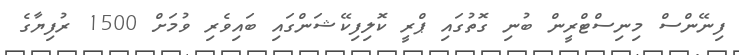
ފިނޭންސް މިނިސްޓްރީން ބުނި ގޮތުގައި ޕްރީ ކޮލިފިކޭޝަންގައި ބައިވެރި ވުމަށް 1500 ރުފިޔާގެ